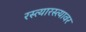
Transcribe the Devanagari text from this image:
रस्त्यारस्त्यावर